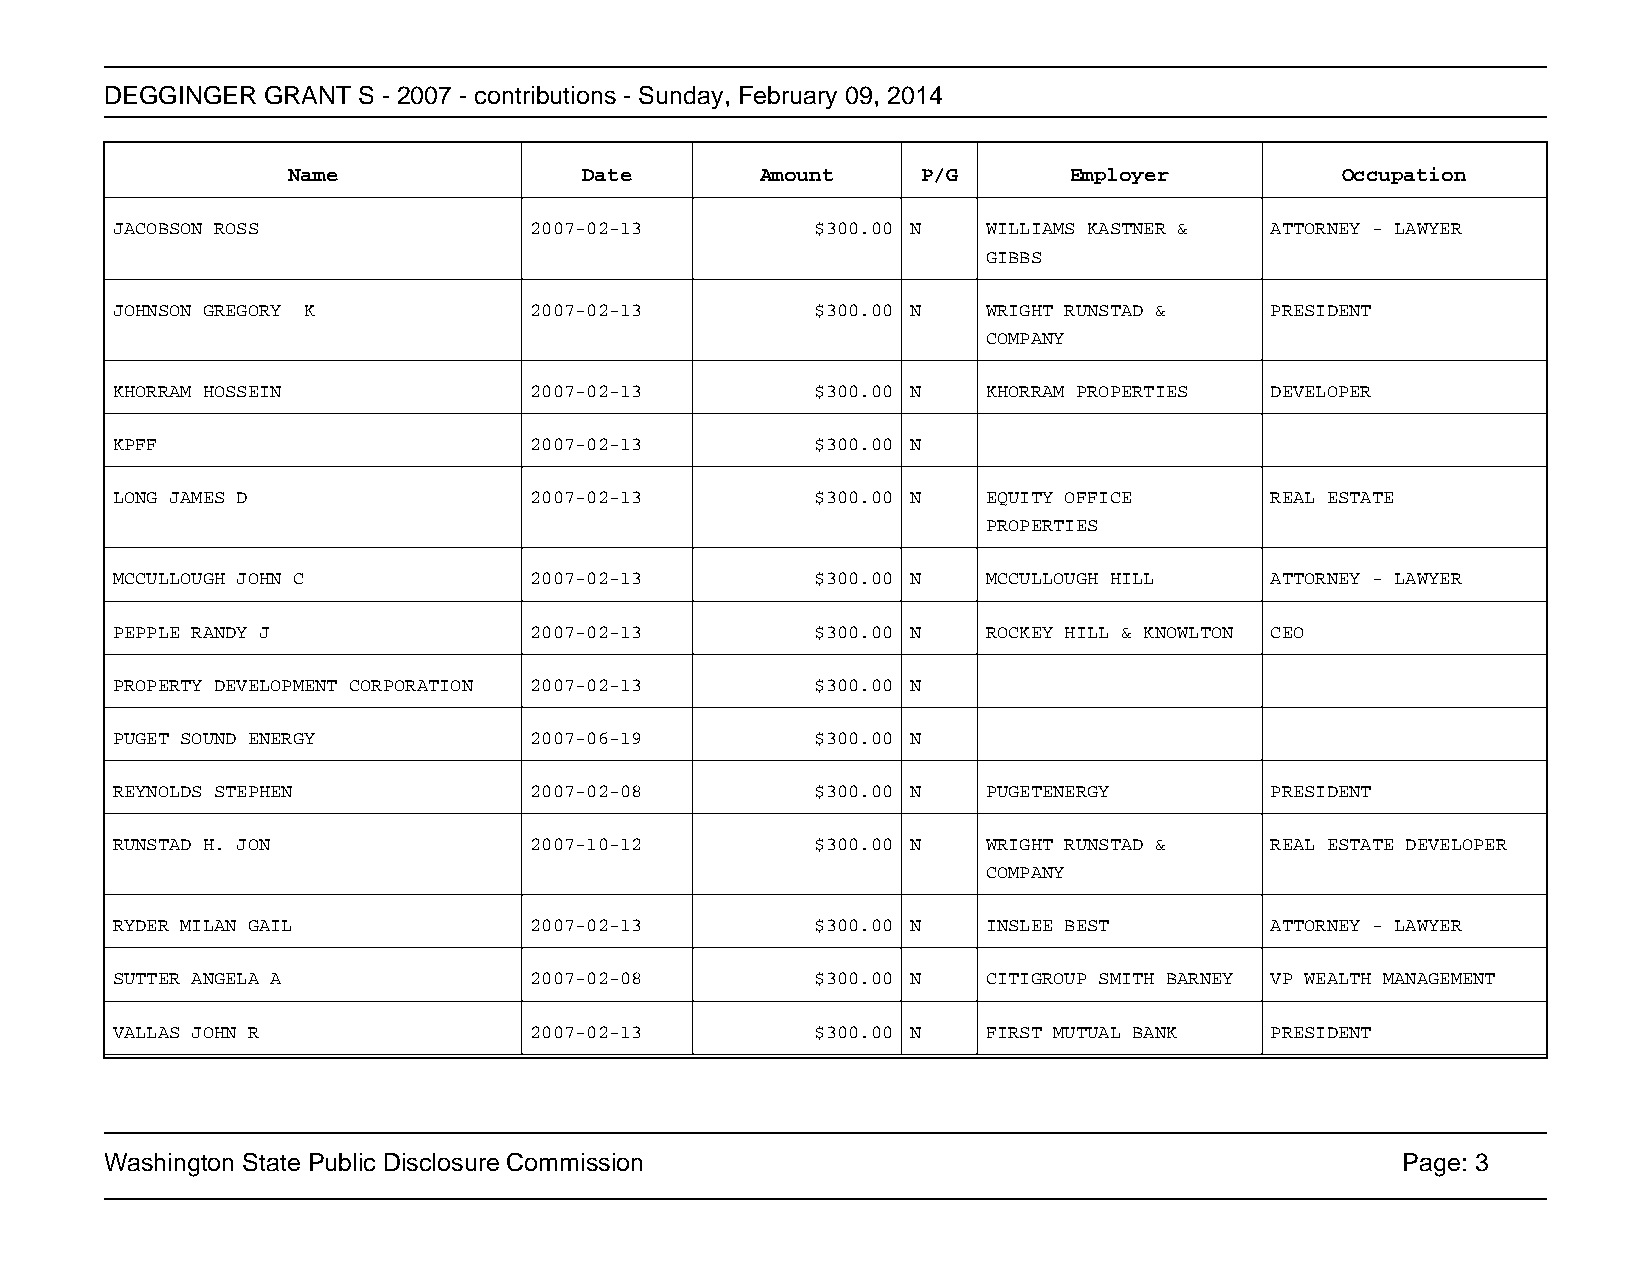
DEGGINGER GRANT  S - 2007 - contributions - Sunday, February 09, 2014
 Name                Date       Amount     P/G       Employer          Occupation
 JACOBSON ROSS               2007-02-13         $300.00 N  WILLIAMS KASTNER & ATTORNEY - LAWYER
 GIBBS
 JOHNSON GREGORY K           2007-02-13         $300.00 N  WRIGHT RUNSTAD &   PRESIDENT
 COMPANY
 KHORRAM HOSSEIN             2007-02-13         $300.00 N  KHORRAM PROPERTIES DEVELOPER
 KPFF                        2007-02-13         $300.00 N
 LONG JAMES D                2007-02-13         $300.00 N  EQUITY OFFICE      REAL ESTATE
 PROPERTIES
 MCCULLOUGH JOHN C           2007-02-13         $300.00 N  MCCULLOUGH HILL    ATTORNEY - LAWYER
 PEPPLE RANDY J              2007-02-13         $300.00 N  ROCKEY HILL & KNOWLTON CEO
 PROPERTY DEVELOPMENT CORPORATION 2007-02-13    $300.00 N
 PUGET SOUND ENERGY          2007-06-19         $300.00 N
 REYNOLDS STEPHEN            2007-02-08         $300.00 N  PUGETENERGY        PRESIDENT
 RUNSTAD H. JON              2007-10-12         $300.00 N  WRIGHT RUNSTAD &   REAL ESTATE DEVELOPER
 COMPANY
 RYDER MILAN GAIL            2007-02-13         $300.00 N  INSLEE BEST        ATTORNEY - LAWYER
 SUTTER ANGELA A             2007-02-08         $300.00 N  CITIGROUP SMITH BARNEY VP WEALTH MANAGEMENT
 VALLAS JOHN R               2007-02-13         $300.00 N  FIRST MUTUAL BANK  PRESIDENT
 Washington State Public Disclosure Commission                                         Page: 3